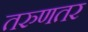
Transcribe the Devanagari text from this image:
तरुणतर